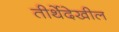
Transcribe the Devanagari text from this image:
तीर्थेदेखील